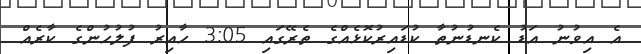
އެ އިވުނު އަޑު ކެނޑުނުތާ ކުޑައިރުކޮޅެއްގެ ތެރޭގައި 3:05 ހާއިރު ފުލުހުންގެ ކާރެއް